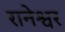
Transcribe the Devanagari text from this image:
रानेश्वर